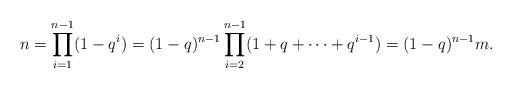
LaTeX: \begin{align*}n = \prod_{i=1}^{n-1} (1 - q^i) = (1-q)^{n-1} \prod_{i=2}^{n-1} (1 + q + \cdots + q^{i-1}) = (1-q)^{n-1} m.\end{align*}